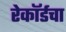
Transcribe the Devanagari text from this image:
रेकॉर्डचा